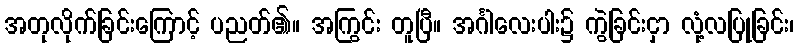
အတုလိုက်ခြင်းကြောင့် ပညတ်၏။ အကြွင်း တူပြီ။ အင်္ဂါလေးပါး၌ ကွဲခြင်းငှာ လုံ့လပြုခြင်း၊